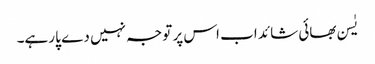
یٰسن بھائی شائد اب اس پر توجہ نہیں دے پا رہے۔